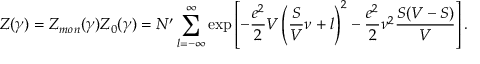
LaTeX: Z ( \gamma ) = Z _ { m o n } ( \gamma ) Z _ { 0 } ( \gamma ) = { \cal N } ^ { \prime } \sum _ { l = - \infty } ^ { \infty } \exp \left[ - \frac { e ^ { 2 } } { 2 } V \left( \frac { S } { V } \nu + l \right) ^ { 2 } - \frac { e ^ { 2 } } { 2 } \nu ^ { 2 } \frac { S ( V - S ) } { V } \right] .